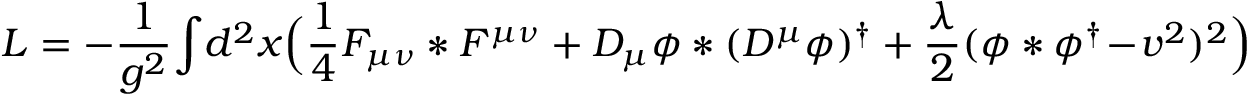
L = - { \frac { 1 } { g ^ { 2 } } } \! \int \! d ^ { 2 } x \Bigl ( { \frac { 1 } { 4 } } F _ { \mu \nu } * F ^ { \mu \nu } + D _ { \mu } \phi * ( D ^ { \mu } \phi ) ^ { \dagger } + { \frac { \lambda } { 2 } } ( \phi * \phi ^ { \dagger } \! - \! v ^ { 2 } ) ^ { 2 } \Bigr )